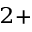
^ { 2 + }